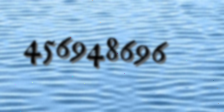
456948696